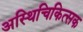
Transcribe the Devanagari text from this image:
अस्थिचिकित्सक